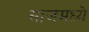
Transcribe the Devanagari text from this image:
साजमध्ये